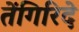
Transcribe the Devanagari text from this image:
तेंगिरिदे